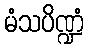
မံသပိဏ္ဍံ